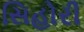
સિહોરી